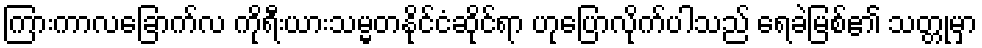
ကြားကာလခြောက်လ ကိုရီးယားသမ္မတနိုင်ငံဆိုင်ရာ ဟုပြောလိုက်ပါသည် ရေခဲမြစ်၏ သတ္တုမှာ